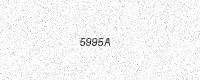
Text: 5995A